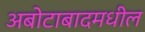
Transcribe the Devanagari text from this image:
अबोटाबादमधील